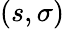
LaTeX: (s,\sigma)